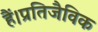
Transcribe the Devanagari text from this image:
हैं।प्रतिजैविक